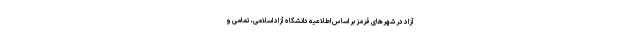
آزاد در شهر‌های قرمز بر اساس اطلاعیه دانشگاه آزاد اسلامی، تمامی و